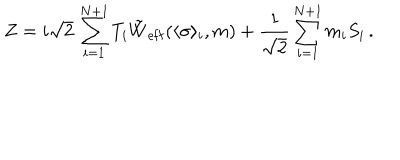
LaTeX: Z = i \sqrt { 2 } \, \sum _ { i = 1 } ^ { N + 1 } T _ { i } \tilde { W } _ { \mathrm { e f f } } ( \langle \sigma \rangle _ { i } , m ) + { \frac { 1 } { \sqrt { 2 } } } \sum _ { i = 1 } ^ { N + 1 } m _ { i } S _ { i } \, .